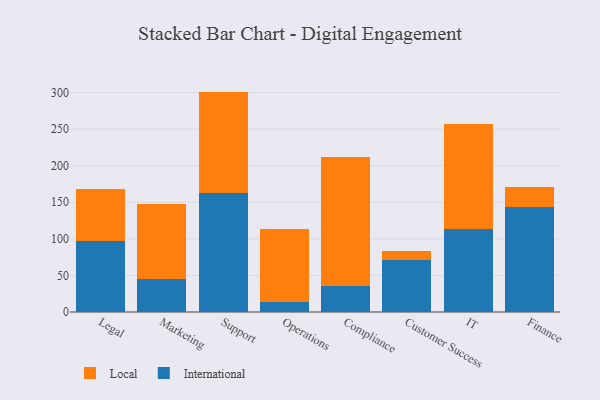
{"axis": {"x": "Department", "y": "Demand Index"}, "legend": ["International", "Local"], "data": [{"x": "Legal", "y": 97.5, "type": "International"}, {"x": "Legal", "y": 70.2, "type": "Local"}, {"x": "Marketing", "y": 45.6, "type": "International"}, {"x": "Marketing", "y": 102.6, "type": "Local"}, {"x": "Support", "y": 162.1, "type": "International"}, {"x": "Support", "y": 139.2, "type": "Local"}, {"x": "Operations", "y": 13.8, "type": "International"}, {"x": "Operations", "y": 99.9, "type": "Local"}, {"x": "Compliance", "y": 35.6, "type": "International"}, {"x": "Compliance", "y": 176.2, "type": "Local"}, {"x": "Customer Success", "y": 71.3, "type": "International"}, {"x": "Customer Success", "y": 12.2, "type": "Local"}, {"x": "IT", "y": 113.1, "type": "International"}, {"x": "IT", "y": 144.4, "type": "Local"}, {"x": "Finance", "y": 143.6, "type": "International"}, {"x": "Finance", "y": 27.6, "type": "Local"}]}